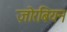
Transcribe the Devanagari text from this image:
ज़ोरबियन